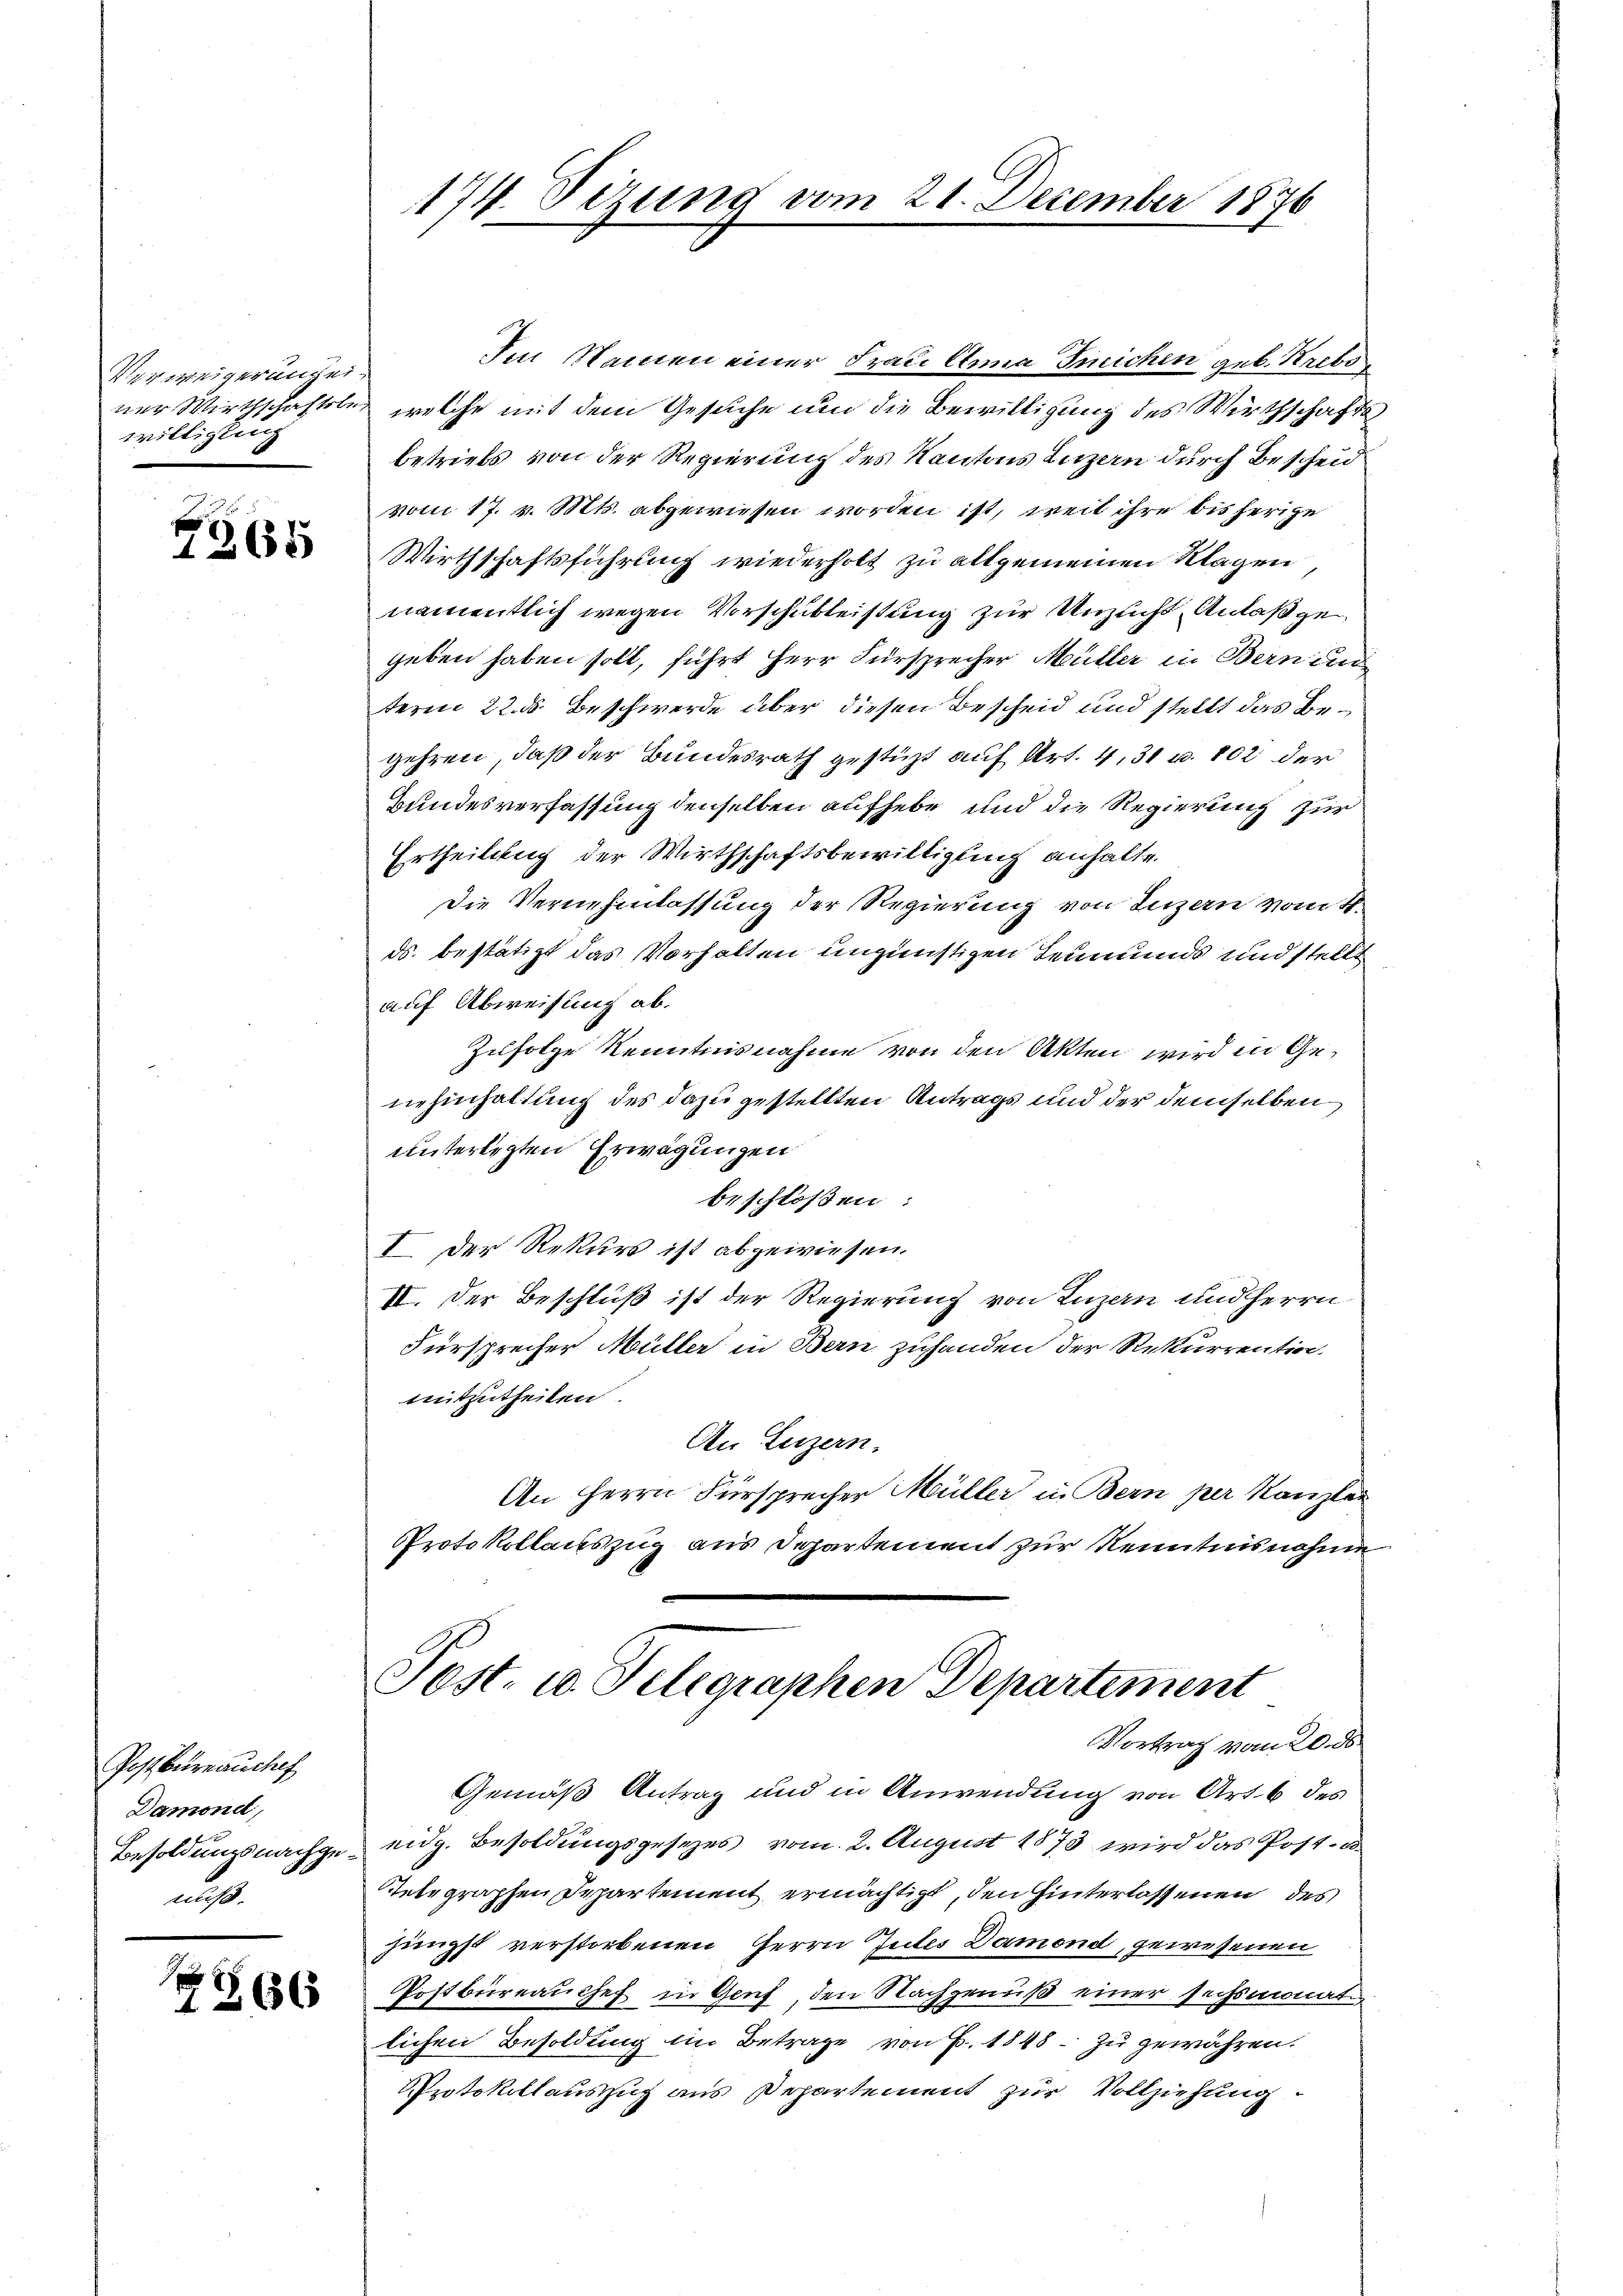
Verweigerungen.
willigung

7265

Postbureau chef
Damond,
Besoldungsnachgenicht

x
2266

174. Dezung vom 21. December 1876

Im Namen einer Frau Anna Treichen geb. Krebs
ner Wirthschaftsler, welche mit dem Gesuche und die Bewilligung des Wirthschafts
betriebs von der Regierung des Kantons Luzern durch Bescheid
vom 17. v. Mts. abgewiesen worden ist, weil ihre bis herige
Wirthschaftsführung wiederholt zu allgemeinen Klagen,
namentlich wegen Vorschubleistung zur Anzeicht Anlaß ge
geben haben soll, führt Herr Fürsprecher Müller in Bern und
term 22. d. Beschwerde über diesen Bescheid und stellt das Begehren, daß der Bundesrath gestüzt auf Art. 4, 31 u. 102 der
Bundesverfassung denselben aufhebe und die Regierung zur
Ertheilung der Wirthschaftsbewilligung anhalte.
Die Vernehmlassung der Regierung von Luzern vom 4.
ds. bestätigt das Vorhalten ungünstigen Leumunde und stellt
auf Abweisung ab.
Zufolge Kenntnisnahme von den Akten wird in Genehinhaltung des dazu gestellten Antrags und der demselben
unterlegten Erwägungen
beschloßen:
I Der Rekurs ist abgewiesen.
II. Der Beschluß ist der Regierung von Luzern und Herrn
Fürsprecher Müller in Bern zuhanden der Rekurrentin.
mitzutheilen.
An Luzern.
An Herrn Fürsprecher Müller in Bern per Kanzler
Protokollauszug aus Departement zur Kenntnisnahme
Post- u. Telegraphen Departement
Vortrag vom 20. ds
Gemäß Antrag und in Anwendung von Art. 6 des
eidg. Besoldungsgesezes vom 2. August 1873 wird das Post- u
Telegraphen Departement ermächtigt, den hinterlassenen des
jüngst verstorbenen Herrn Gutes Damond, gewesenen
Postbüreauchef in Genf, den Nachgenuß einer sechsmonat
lichen Besoldung im Betrage von B. 1848 zu gewähren.
Protokollauszug aus Departement zur Vollziehung